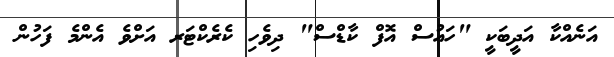
އަނެއްކާ އަދީބަކީ "ހައުސް އޮފް ކާޑްސް" ދިވެހި ކެރެކްޓަރ އަށްވެ އެންމެ ފަހުން